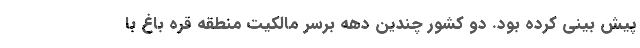
پیش بینی کرده بود. دو کشور چندین دهه برسر مالکیت منطقه قره باغ با